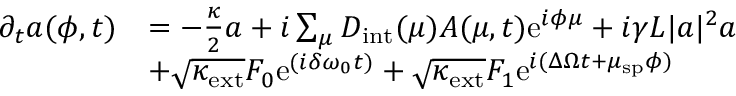
\begin{array} { r l } { \partial _ { t } a ( \phi , t ) } & { = - \frac { \kappa } { 2 } a + i \sum _ { \mu } D _ { \mathrm { i n t } } ( \mu ) A ( \mu , t ) \mathrm { e } ^ { i \phi \mu } + i \gamma L | a | ^ { 2 } a } \\ & { + \sqrt { \kappa _ { \mathrm { e x t } } } F _ { 0 } \mathrm { e } ^ { ( i \delta \omega _ { 0 } t ) } + \sqrt { \kappa _ { \mathrm { e x t } } } F _ { 1 } \mathrm { e } ^ { i ( \Delta \Omega t + \mu _ { \mathrm { s p } } \phi ) } } \end{array}